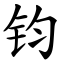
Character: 钧